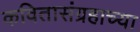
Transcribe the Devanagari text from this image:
कवितासंग्रहाच्या